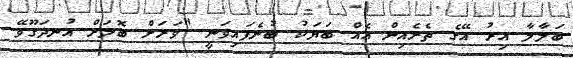
ބަލާލާ އިރު އޭގެ ތެރެއިން އެއް ބަޔަކު ބުނެފައިވަނީ "ވަރަށް ބޮލަށް އުނދަގޫވޭ